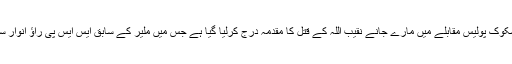
کراچی کے علاقے شاہ لطیف ٹاؤن میں 13 جنوری کو مشکوک پولیس مقابلے میں مارے جانے نقیب اللہ کے قتل کا مقدمہ درج کرلیا گیا ہے جس میں ملیر کے سابق ایس ایس پی راؤ انوار سمیت مقابلہ کرنے والی پولیس پارٹی کو نامزد کیا گیا ہے۔